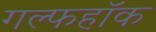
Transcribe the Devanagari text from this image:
गल्फहॉक